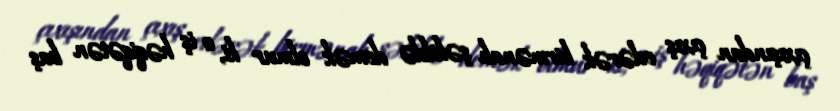
çıxışından çıxış edərək birmənalı şəkildə demək olmur ki, o iş həqiqətən baş